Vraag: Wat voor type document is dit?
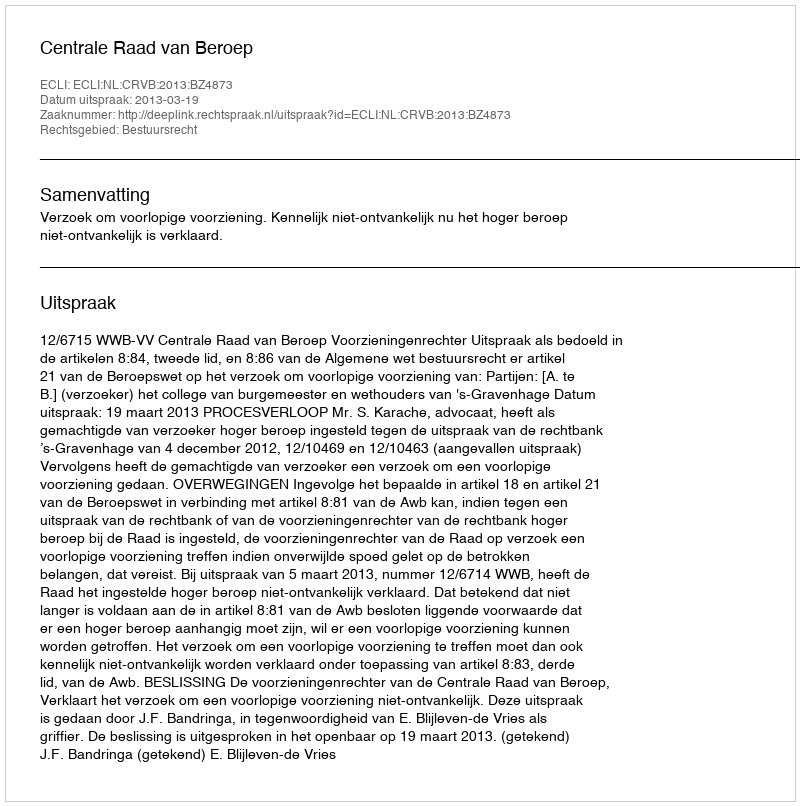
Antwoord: Uitspraak